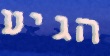
הגיע